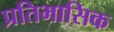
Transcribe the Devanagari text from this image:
प्रतिभासिक